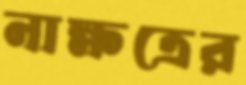
নাক্ষত্রের